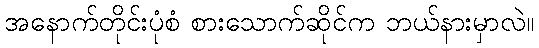
အနောက်တိုင်းပုံစံ စားသောက်ဆိုင်က ဘယ်နားမှာလဲ။